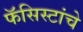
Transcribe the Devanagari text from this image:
फॅसिस्टांचे